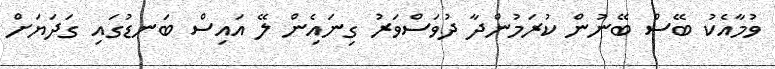
ވުމާއެކު ބޭސް ބޭނުން ކުރަމުންދާ ދުވަސްވަރު ގިނައެިން ލޭ އައިސް ބަނޑުގައި ގަދަޔަށް